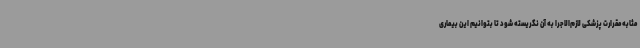
مثابه مقرارت پزشکی لازم‌الاجرا به آن نگریسته شود تا بتوانیم این بیماری